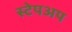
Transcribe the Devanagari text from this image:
स्टेपअप